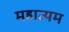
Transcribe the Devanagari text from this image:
महात्यम